Elephants and their diseases
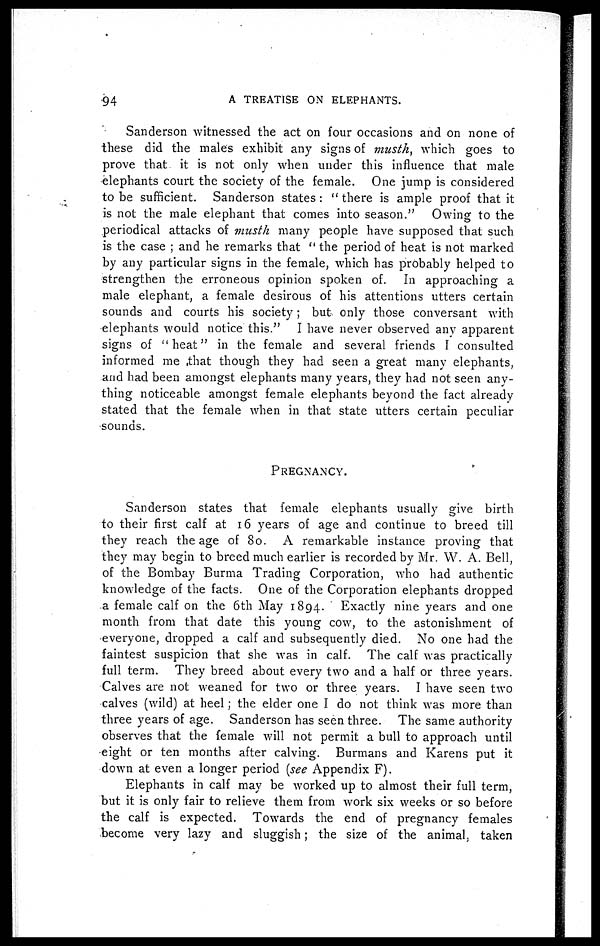
94
A TREATISE ON ELEPHANTS.
Sanderson witnessed the act on four occasions and on none of
these did the male's exhibit any signs of musth, which goes to
prove that, it is not only when under this influence that male
elephants court the society of the female. One jump is considered
to be sufficient. Sanderson states: "there is ample proof that it
is not the male elephant that comes into season." Owing to the
periodical attacks of musth many people have supposed that such
is the case ; and he remarks that "the period of heat is not marked
by any particular signs in the female, which has probably helped to
strengthen the erroneous opinion spoken of. In approaching a
male elephant, a female desirous of his attentions utters certain
sounds and courts his society; but only those conversant with
elephants would notice this." I have never observed any apparent
signs of "heat" in the female and several friends I consulted
informed me .that though they had seen a great many elephants,
and had been amongst elephants many years, they had not seen any¬
thing noticeable amongst female elephants beyond the fact already
stated that the female when in that state utters certain peculiar
sounds.
PREGNANCY.
Sanderson states that female elephants usually give birth
to their first calf at 16 years of age and continue to breed till
they reach the age of 80. A remarkable instance proving that
they may begin to breed much earlier is recorded by Mr. W. A. Bell,
of the Bombay Burma Trading Corporation, who had authentic
knowledge of the facts. One of the Corporation elephants dropped
a female calf on the 6th May 1894. Exactly nine years and one
month from that date this young cow, to the astonishment of
everyone, dropped a calf and subsequently died. No one had the
faintest suspicion that she was in calf. The calf was practically
full term. They breed about every two and a half or three years.
Calves are not weaned for two or three years. I have seen two
calves (wild) at heel; the elder one I do not think was more than
three years of age. Sanderson has seen three. The same authority
observes that the female will not permit a bull to approach until
eight or ten months after calving. Burmans and Karens put it
down at even a longer period (see Appendix F).
Elephants in calf may be worked up to almost their full term,
but it is only fair to relieve them from work six weeks or so before
the calf is expected. Towards the end of pregnancy females
become very lazy and sluggish; the size of the animal, taken